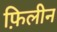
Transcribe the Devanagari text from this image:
फ़िलीन